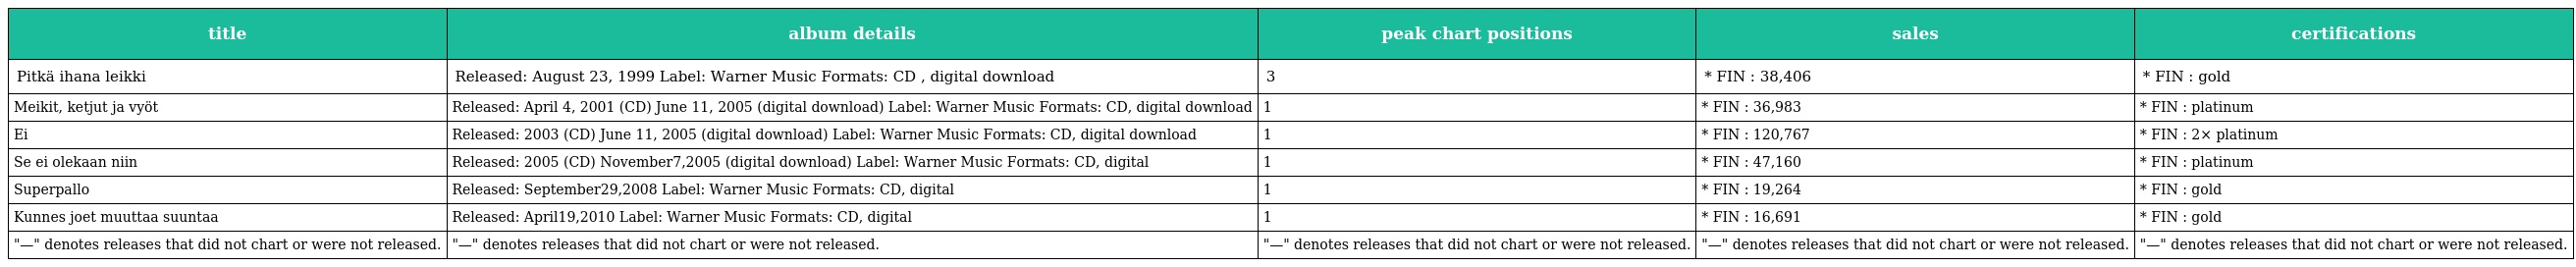
| title | album details | peak chart positions | sales | certifications |
 | --- | --- | --- | --- | --- |
 | Pitkä ihana leikki | Released: August 23, 1999 Label: Warner Music Formats: CD , digital download | 3 | * FIN : 38,406 | * FIN : gold |
 | Meikit, ketjut ja vyöt | Released: April 4, 2001 (CD) June 11, 2005 (digital download) Label: Warner Music Formats: CD, digital download | 1 | * FIN : 36,983 | * FIN : platinum |
 | Ei | Released: 2003 (CD) June 11, 2005 (digital download) Label: Warner Music Formats: CD, digital download | 1 | * FIN : 120,767 | * FIN : 2× platinum |
 | Se ei olekaan niin | Released: 2005 (CD) November7,2005 (digital download) Label: Warner Music Formats: CD, digital | 1 | * FIN : 47,160 | * FIN : platinum |
 | Superpallo | Released: September29,2008 Label: Warner Music Formats: CD, digital | 1 | * FIN : 19,264 | * FIN : gold |
 | Kunnes joet muuttaa suuntaa | Released: April19,2010 Label: Warner Music Formats: CD, digital | 1 | * FIN : 16,691 | * FIN : gold |
 | "—" denotes releases that did not chart or were not released. | "—" denotes releases that did not chart or were not released. | "—" denotes releases that did not chart or were not released. | "—" denotes releases that did not chart or were not released. | "—" denotes releases that did not chart or were not released. |